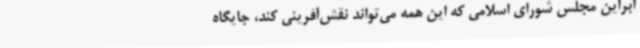
ابراین مجلس شورای اسلامی که این همه می‌تواند نقش‌آفرینی کند، جایگاه